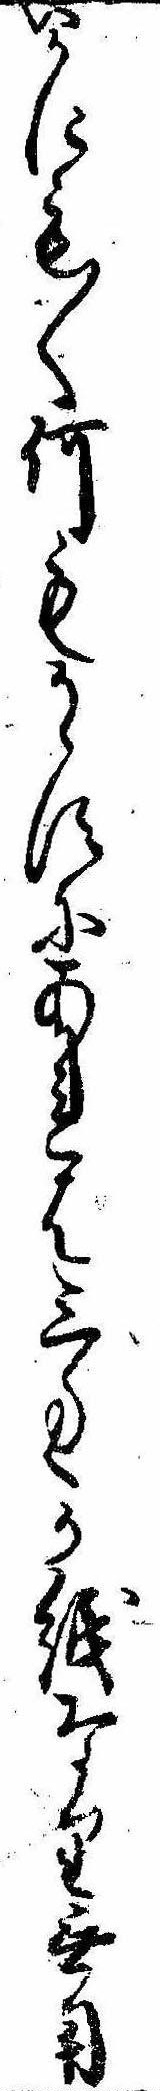
いかにも〱何もかゝすにあれは三匁か紙なり無用